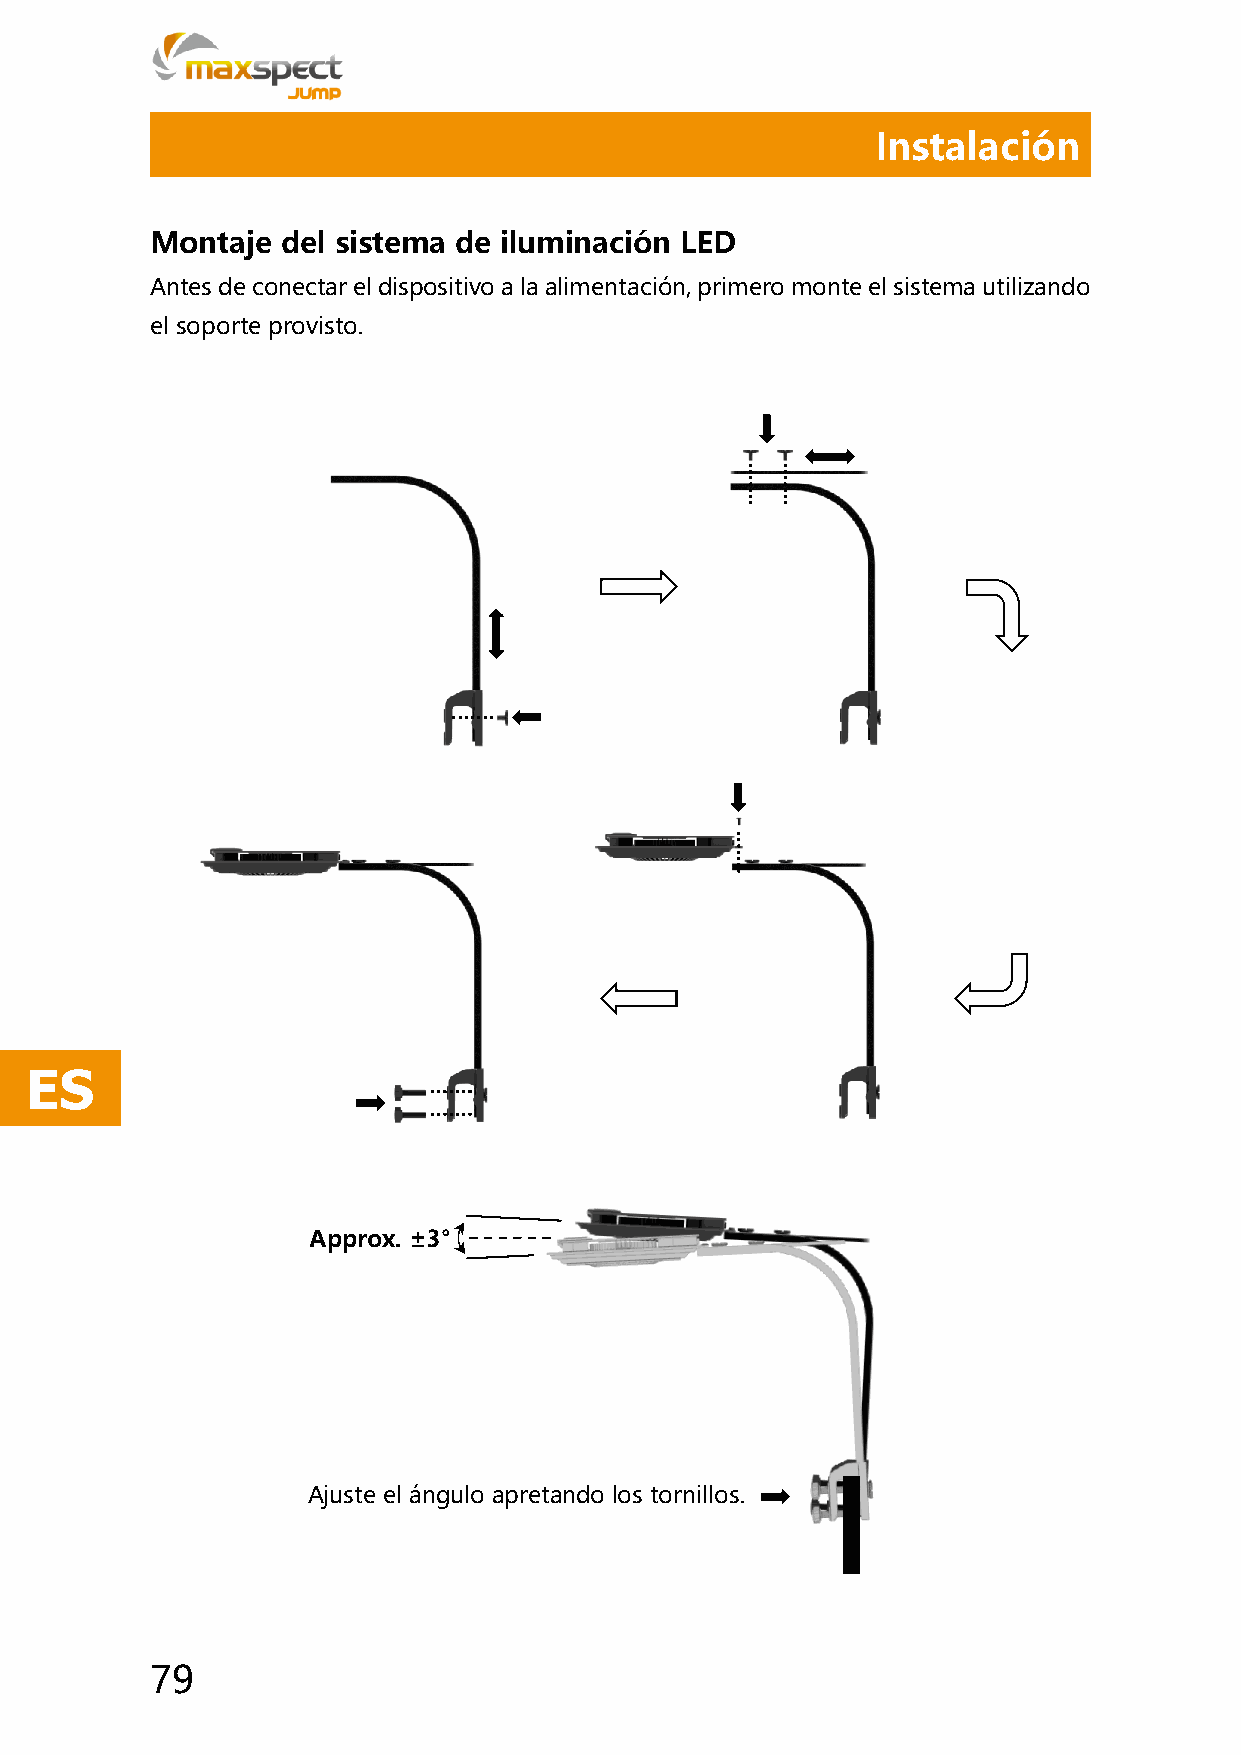
Instalación
 Montaje  del sistema de iluminación LED
 Antes de conectar el dispositivo a la alimentación, primero monte el sistema utilizando
 el soporte provisto.
 ES
 Approx. ±3°
 Ajuste el ángulo apretando los tornillos.
 79